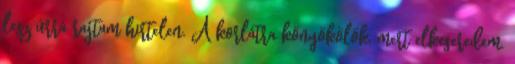
lesz úrrá rajtam hirtelen. A korlátra könyökölök, mert elkeseredem.